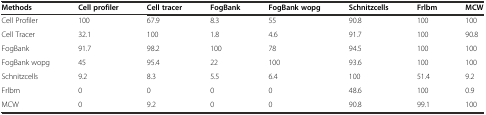
| Methods | Cell profiler | Cell tracer | FogBank | FogBank wopg | Schnitzcells | Frlbm | MCW |
 | --- | --- | --- | --- | --- | --- | --- | --- |
 | Cell Profiler | 100 | 67.9 | 8.3 | 55 | 90.8 | 100 | 100 |
 | Cell Tracer | 32.1 | 100 | 1.8 | 4.6 | 91.7 | 100 | 90.8 |
 | FogBank | 91.7 | 98.2 | 100 | 78 | 94.5 | 100 | 100 |
 | FogBank wopg | 45 | 95.4 | 22 | 100 | 93.6 | 100 | 100 |
 | Schnitzcells | 9.2 | 8.3 | 5.5 | 6.4 | 100 | 51.4 | 9.2 |
 | Frlbm | 0 | 0 | 0 | 0 | 48.6 | 100 | 0.9 |
 | MCW | 0 | 9.2 | 0 | 0 | 90.8 | 99.1 | 100 |